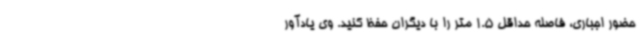
حضور اجباری، فاصله حداقل 1.5 متر را با دیگران حفظ کنید. وی یادآور